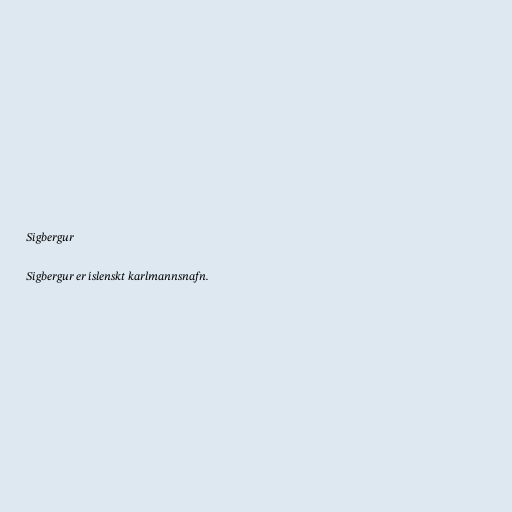
Sigbergur

Sigbergur er íslenskt karlmannsnafn.